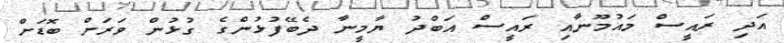
އަދި ރައީސް މައުމޫނާއި ރައީސް އަބްދު ޔާމީނާ ދެބޭފުޅުންގެ ގުޅުން ވަރަށް ބޮޑަށް